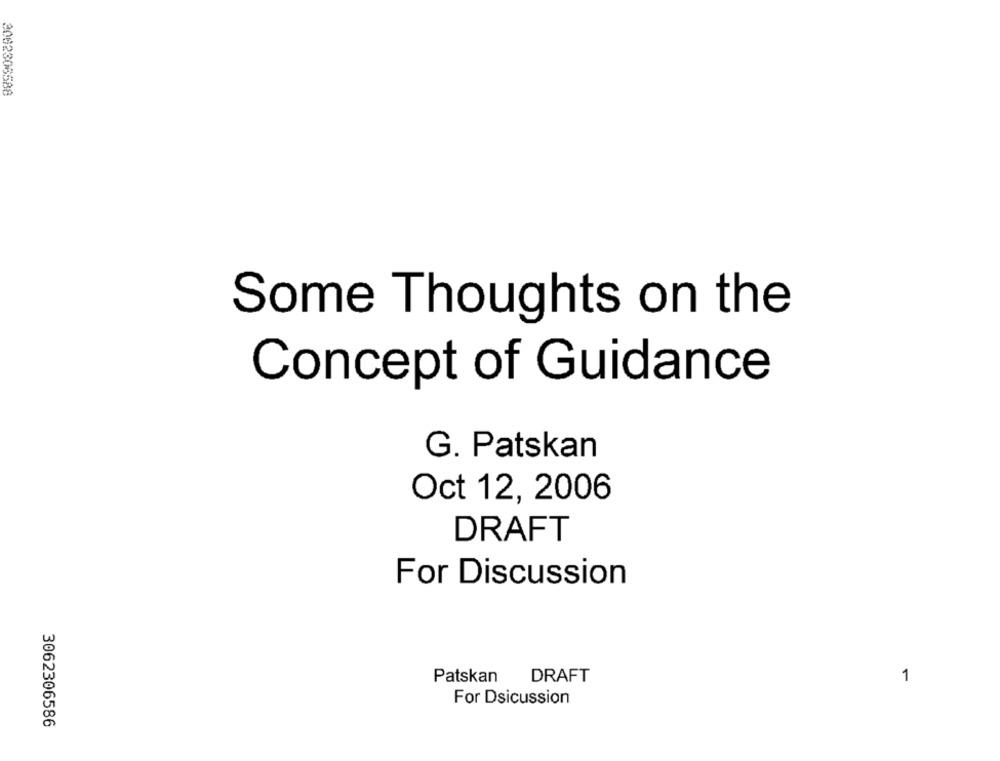
2002306588
Some Thoughts on the
Concept of Guidance
G. Patskan
Oct 12, 2006
DRAFT
For Discussion
Patskan DRAFT
1
For Dsicussion
3062306586